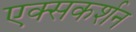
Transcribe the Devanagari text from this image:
एक्सकर्शन